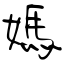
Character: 媽